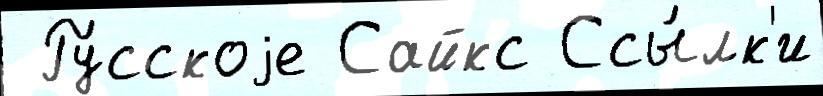
 Ру́сскоjе Сайкс Ссы́лк'и